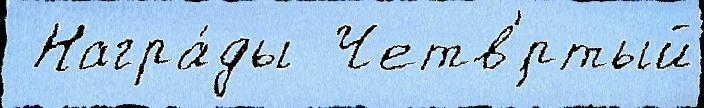
 Награ́ды  Четв'́ртый